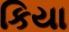
કિયા